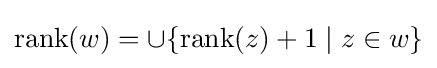
{\textstyle \textstyle \operatorname {rank} (w)=\cup \{\operatorname {rank} (z)+1\mid z\in w\}}